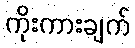
ကိုးကားချက်